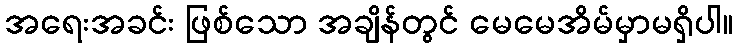
အရေးအခင်း ဖြစ်သော အချိန်တွင် မေမေအိမ်မှာမရှိပါ။